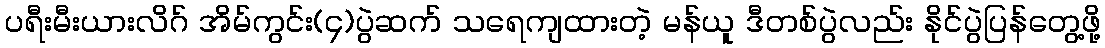
ပရီးမီးယားလိဂ် အိမ်ကွင်း(၄)ပွဲဆက် သရေကျထားတဲ့ မန်ယူ ဒီတစ်ပွဲလည်း နိုင်ပွဲပြန်တွေ့ဖို့